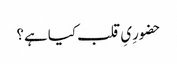
حضورِیِ قلب کیا ہے؟